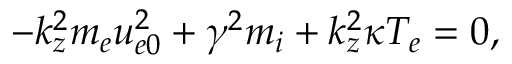
- k _ { z } ^ { 2 } m _ { e } u _ { e 0 } ^ { 2 } + \gamma ^ { 2 } m _ { i } + k _ { z } ^ { 2 } \kappa T _ { e } = 0 ,